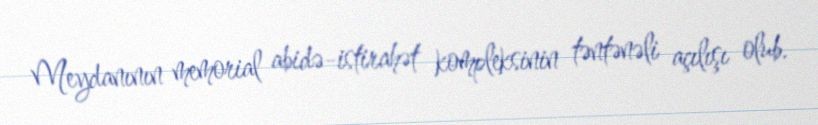
Meydanının memorial abidə-istirahət kompleksinin təntənəli açılışı olub.